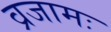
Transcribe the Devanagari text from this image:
व्रजामः